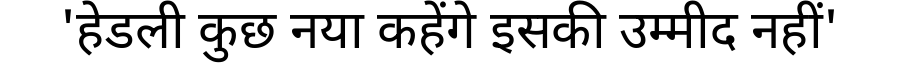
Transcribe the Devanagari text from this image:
'हेडली कुछ नया कहेंगे इसकी उम्मीद नहीं'